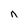
Character: n